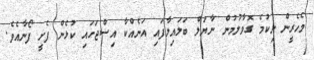
މެހެރީން ނިކުމެ ގޮވާލުމުން ނާޔަލް ބަލައިލާފައި އަނެއްކާ އިސްޖަހައި ކުޅެން ފެށީ ފޯނާއެވެ.